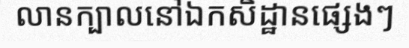
លានក្បាលនៅឯកសិដ្ឋានផ្សេងៗ